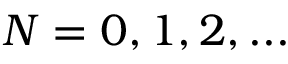
{ N = 0 , 1 , 2 , . . . }